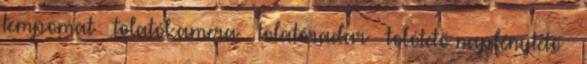
tempomat – tolatókamera – tolatóradar – tolótető napfénytető –